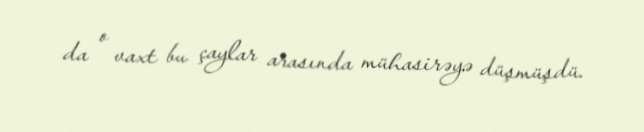
da o vaxt bu çaylar arasında mühasirəyə düşmüşdü.